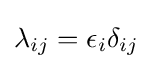
\lambda _{ij}=\epsilon _{i}\delta _{ij}